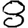
Digit: 8